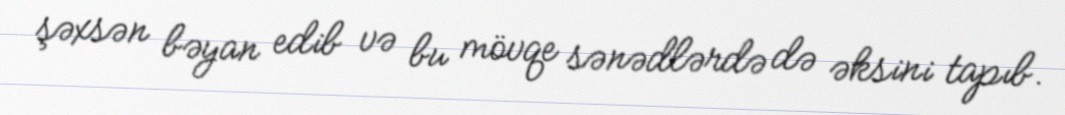
şəxsən bəyan edib və bu mövqe sənədlərdə də əksini tapıb.